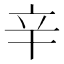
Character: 辛